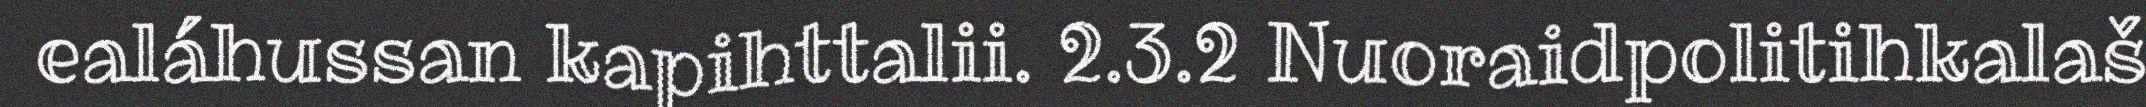
ealáhussan kapihttalii. 2.3.2 Nuoraidpolitihkalaš